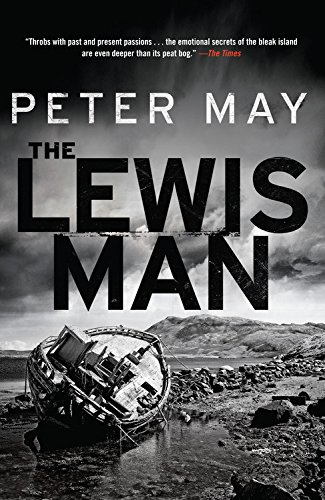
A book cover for The Lewis Man: The Lewis Trilogy; Peter May; Mystery, Thriller & Suspense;